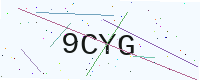
Text: 9CYG